Report of an investigation into the causes of malaria in Bombay and the measures necessary for its control
Disease focus: Malaria
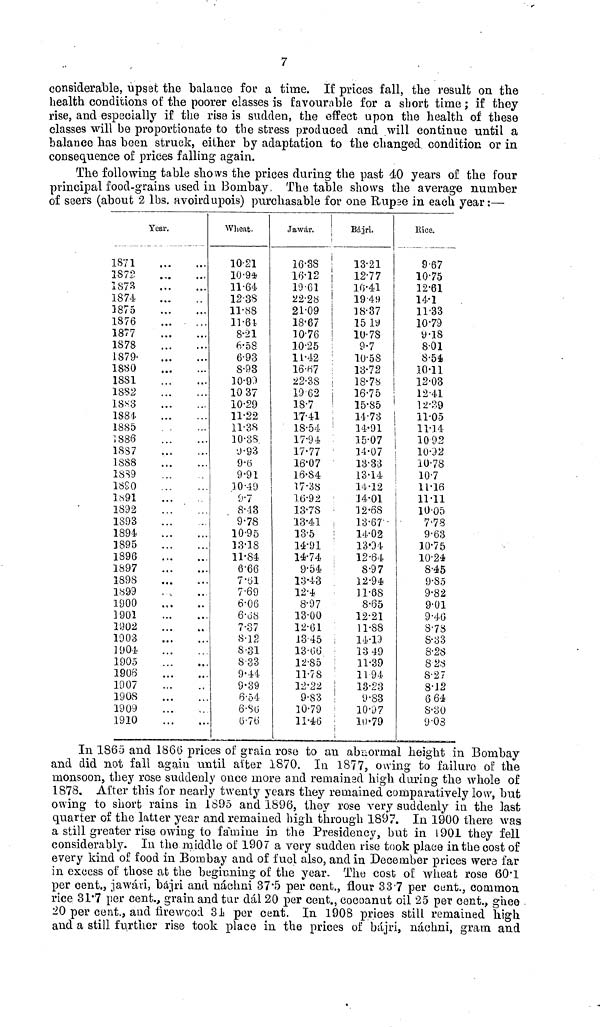
7
considerable, upset the balance for a time. If prices fall, the result on the
health conditions of the poorer classes is favourable for a short time ; if they
rise, and especially if the rise is sudden, the effect upon the health of these
classes will be proportionate to the stress produced and will continue until a
balance has been struck, either by adaptation to the changed condition or in
consequence of prices falling again.
The following table shows the prices during the past 40 years of the four
principal food-grains used in Bombay, The table shows the average number
of seers (about 2 lbs. avoirdupois) purchasable for one Rupee in each year:—
Year.
1871
1872
1873
1874
3875
1876
1877
1878
1879-
1880
18S1
1882
18S8
1884-
1885
Ï886
18S7
18S8
1SS9
1SS0
1*91
1892
1893
1894
1895
1896
1897
1898
1899
1900
1901
1902
1903
1904
1905
1906
1007
1908
1909
1910
Wheat.
10-21
10-94
11-64
12-3S
11-88
11-61
8-21
6-58
6-93
8-93
10-93
10 37
10-29
11-22
11-38
10-38
•J-93
9-6
9-91
10-49
9-7
8-43
9-78
10-95
33-18
11-84
6-66
7'Öl
7-69
6-06
6-üS
7'37
8-12
8-31
833
9-44
9-39
6-54
6-Sü
6-7t)
Jawilv.
16-8S
16-12
19-61
22-28
21-09
18-67
10-76
10-25
11-42
16-H7
22-38
19 62
18-7
17-41
18-54
17-94
17-77
16-07
16-84
17-38
16-92
Î3-7S
13-41
13-5
14-91
14-74
9-54
1343
12-4
8-97
13-00
12-61
13-45
13-üö
12-85
11-78
12-22
9-83
10-79
11-46
Bá..iri.
13-21
12-77
10-41
19-49
18-37
15 19
ÍU-78
:
9-7
:
10-58
:
13-72
18-78 !
1 16-75 1
i
15-85 '
•
14-73 '
14-91
15-07
14-07
13-33
13-14
14-12
J4-01
12-68
13-67
¡
14-02
1304
12-64
8-97
12-94
11-68
8-65
12-21
11-88
¡
14-19
13 49
:
11-39
11-94
!
13-23
!
9-83
10-97
': 10-79
i
Rice.
967
10-75
12-61
14-1
11-33
10-79
9-18
8-01
8-54
10-11
12-03
12-41
12-29
11-05
11-14
10 92
10-92
10-78
10-7
11-16
11-11
10-05
7'78
9-63
30-75
10-24
8-45
9-85
9-82
9-01
9-40
8-73
S-33
8-2S
S2S
8-27
8-12
6 64
S-30
9-03
In 1865 and 1860 prices of grain rose to an abnormal height in Bombay
and did not fall again until alter 1870. In 1877, owing to failure of the
monsoon, they rose suddenly once more and remained high during the whole of
1878. After this for nearly twenty years they remained comparatively low, but
owing to short rains in 1895 and 1896, they rose very suddenly in the last
quarter of the latter year and remained high through 1897. In 1900 there was
a still greater rise owing to famine in the Presidency, but in 1901 they fell
considerably. In the middle of 1907 a very sudden rise took place in the cost of
every kind of food in Bombay and of fuel also, and in December prices were far
in excess of those at the beginning of the year. The cost of wheat rose 60.1
per cent., jawári, bájri and náchni 37.5 per cent., flour 33 7 per cent., common
rice 31.7 per cent., grain and tur dál 20 per cent., cocoanut oil 25 per cent., ghee
20 per cent., and firewood 31 per cent. In 1908 prices still remained high
and a still further rise took place in the prices of bájri, náchni, gram and